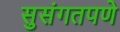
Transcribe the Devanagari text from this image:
सुसंगतपणे